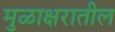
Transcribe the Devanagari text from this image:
मुळाक्षरातील